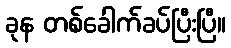
ခုန တစ်ခေါက်ခပ်ပြီးပြီ။